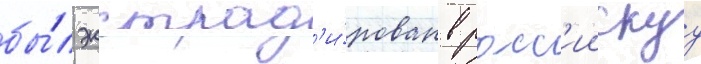
бы́л экстрад'и́рован в росс'иискуу